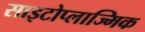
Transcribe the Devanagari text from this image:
साइटोप्लाज्मिक